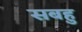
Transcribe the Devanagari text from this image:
सबहु